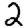
Digit: 2